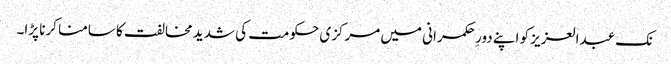
نک عبدالعزیز کو اپنے دورِ حکمرانی میں مرکزی حکومت کی شدید مخالفت کا سامنا کرنا پڑا۔